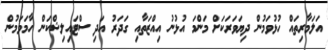
އަލަމާރިތައް ހުޅުވަމުން ދިޔަވަރަކަށް މަންމަ އުޅުނު އިއްޒަތާއި ގަދަރު އަދި ސްޓައިލިޝްކަން ހާމަވަމުން